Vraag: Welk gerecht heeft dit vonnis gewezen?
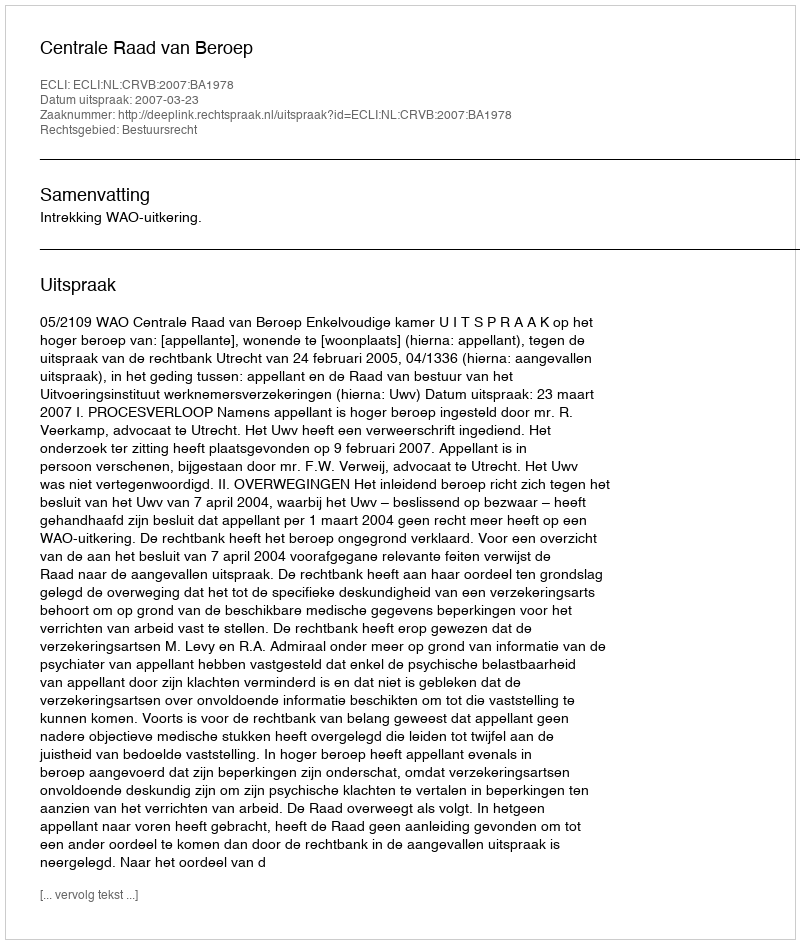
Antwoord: Centrale Raad van Beroep